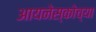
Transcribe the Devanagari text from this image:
आयनेस्कोच्या